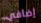
إضافي